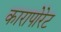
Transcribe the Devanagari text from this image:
कारापोरेट